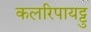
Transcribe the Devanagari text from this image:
कलरिपायट्टु